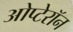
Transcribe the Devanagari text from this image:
ओप्टेरॉन